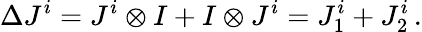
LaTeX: \Delta J^{i}=J^{i}\otimes I+I\otimes J^{i}=J_{1}^{i}+J_{2}^{i}\, .